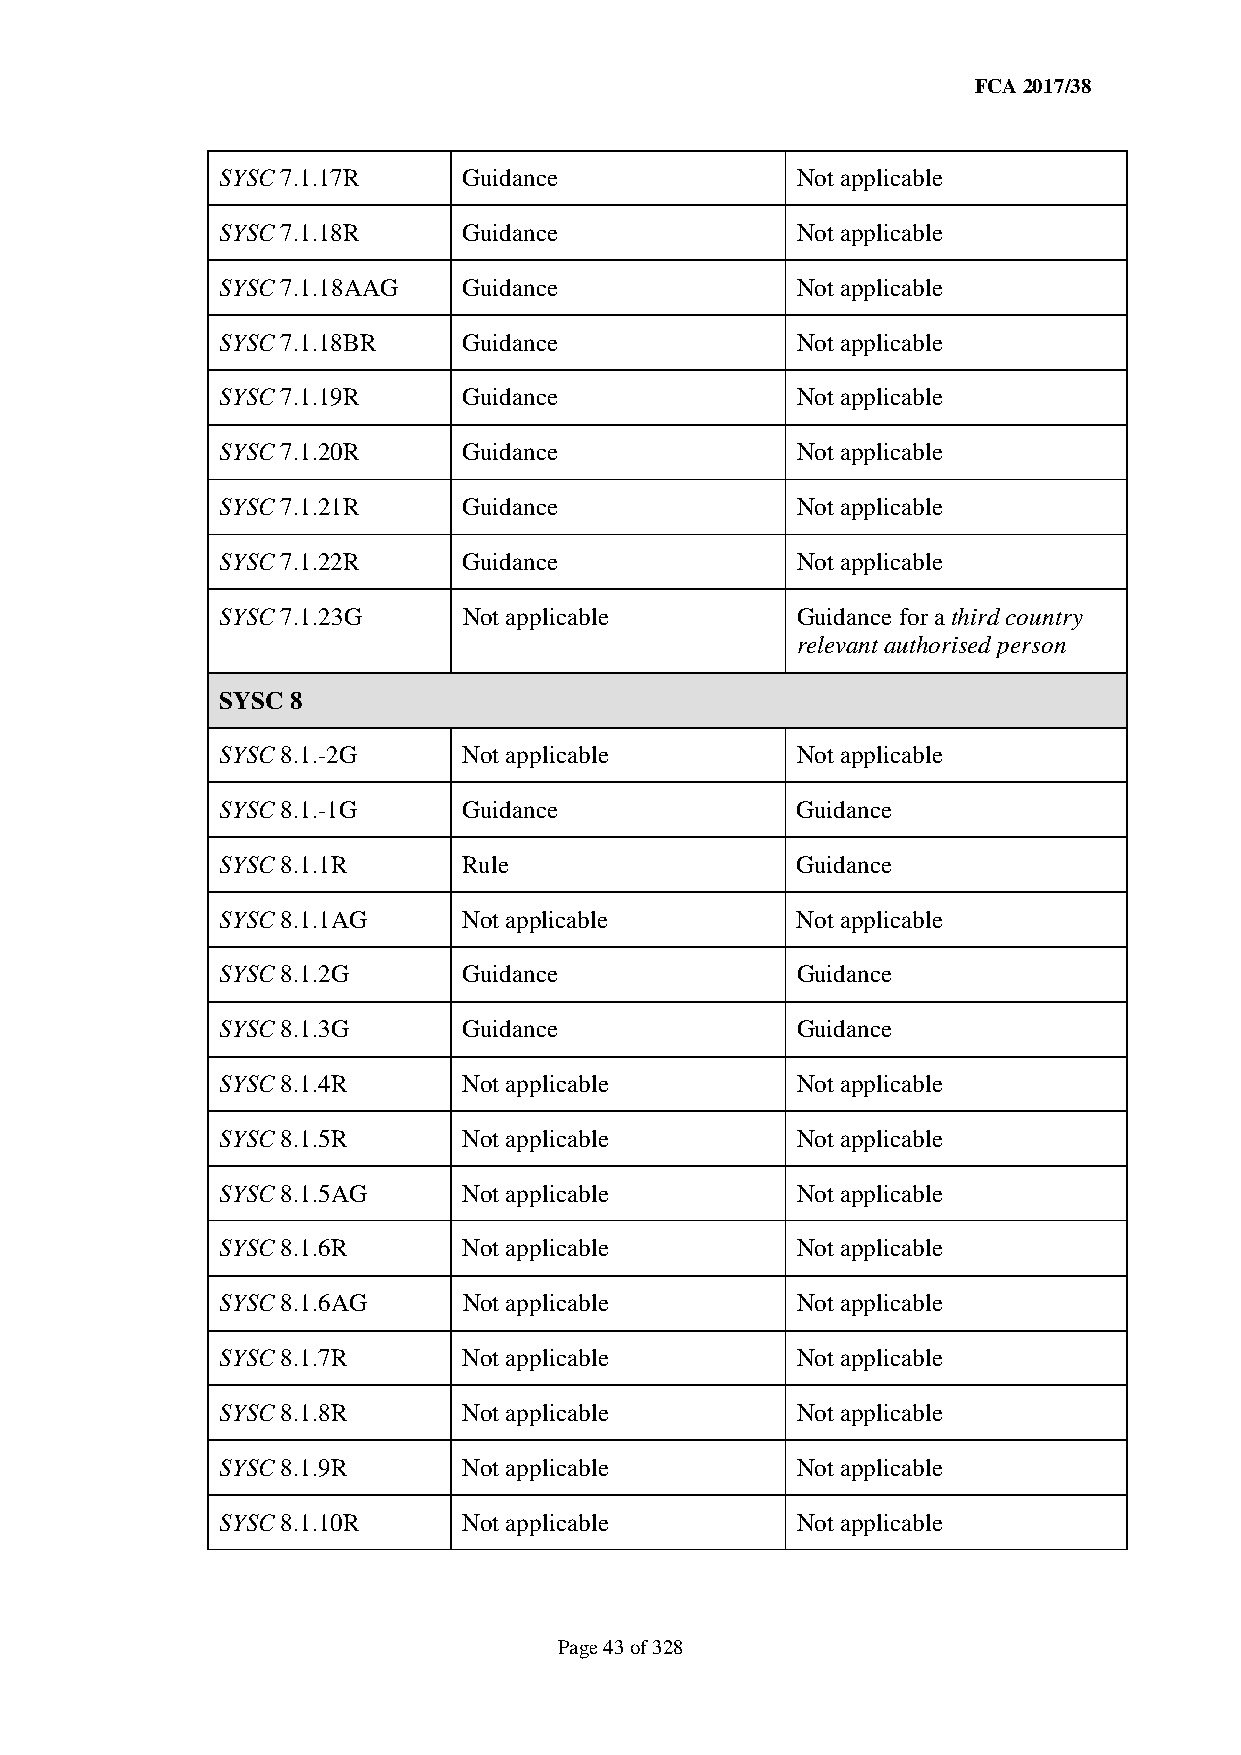
FCA 2017/38
 SYSC 7.1.17R    Guidance              Not applicable
 SYSC 7.1.18R    Guidance              Not applicable
 SYSC 7.1.18AAG  Guidance              Not applicable
 SYSC 7.1.18BR   Guidance              Not applicable
 SYSC 7.1.19R    Guidance              Not applicable
 SYSC 7.1.20R    Guidance              Not applicable
 SYSC 7.1.21R    Guidance              Not applicable
 SYSC 7.1.22R    Guidance              Not applicable
 SYSC 7.1.23G    Not applicable        Guidance for a third country
 relevant authorised person
 SYSC 8
 SYSC 8.1.-2G    Not applicable        Not applicable
 SYSC 8.1.-1G    Guidance              Guidance
 SYSC 8.1.1R     Rule                  Guidance
 SYSC 8.1.1AG    Not applicable        Not applicable
 SYSC 8.1.2G     Guidance              Guidance
 SYSC 8.1.3G     Guidance              Guidance
 SYSC 8.1.4R     Not applicable        Not applicable
 SYSC 8.1.5R     Not applicable        Not applicable
 SYSC 8.1.5AG    Not applicable        Not applicable
 SYSC 8.1.6R     Not applicable        Not applicable
 SYSC 8.1.6AG    Not applicable        Not applicable
 SYSC 8.1.7R     Not applicable        Not applicable
 SYSC 8.1.8R     Not applicable        Not applicable
 SYSC 8.1.9R     Not applicable        Not applicable
 SYSC 8.1.10R    Not applicable        Not applicable
 Page 43 of 328